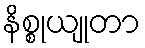
နိစ္စုယျုတာ